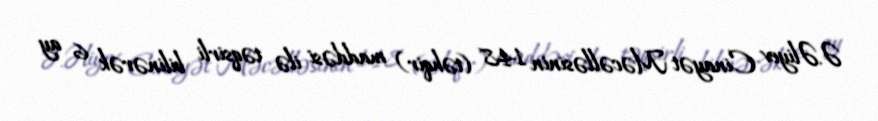
Ə.Əliyev Cinayət Məcəlləsinin 148 (təhqir) maddəsi ilə təqsirli bilinərək 6 ay